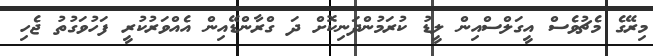
މިރޭގެ މެޗުވެސް އީގަލްސްއިން ލީޑު ކުރަމުންދަނިކޮށް ދަ ގްރާންޑޭއިން އެއްވަރުކުރީ ފަހުވަގުތު ޖެހި